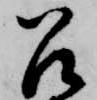
召